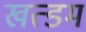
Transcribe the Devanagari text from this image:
खत्डम